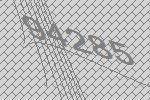
94285